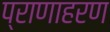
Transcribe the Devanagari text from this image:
प्राणाहरण